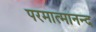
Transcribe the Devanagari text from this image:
परमात्मानन्द